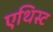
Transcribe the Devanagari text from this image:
एथिस्ट